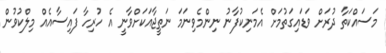
މަސައްކަތާ ދުރަށް ވަޑައިގަތުމަށް އެމަނިކުފާނު ނިންމެވިނަމަ ނަތީޖާއަކަށްވާނީ އެ ހުރިހާ ފައިސާއެއް މިލްކުވުން